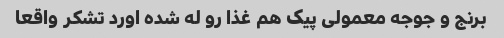
برنج و جوجه معمولی پیک هم غذا رو له شده اورد تشکر واقعا